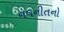
નવનીતનો